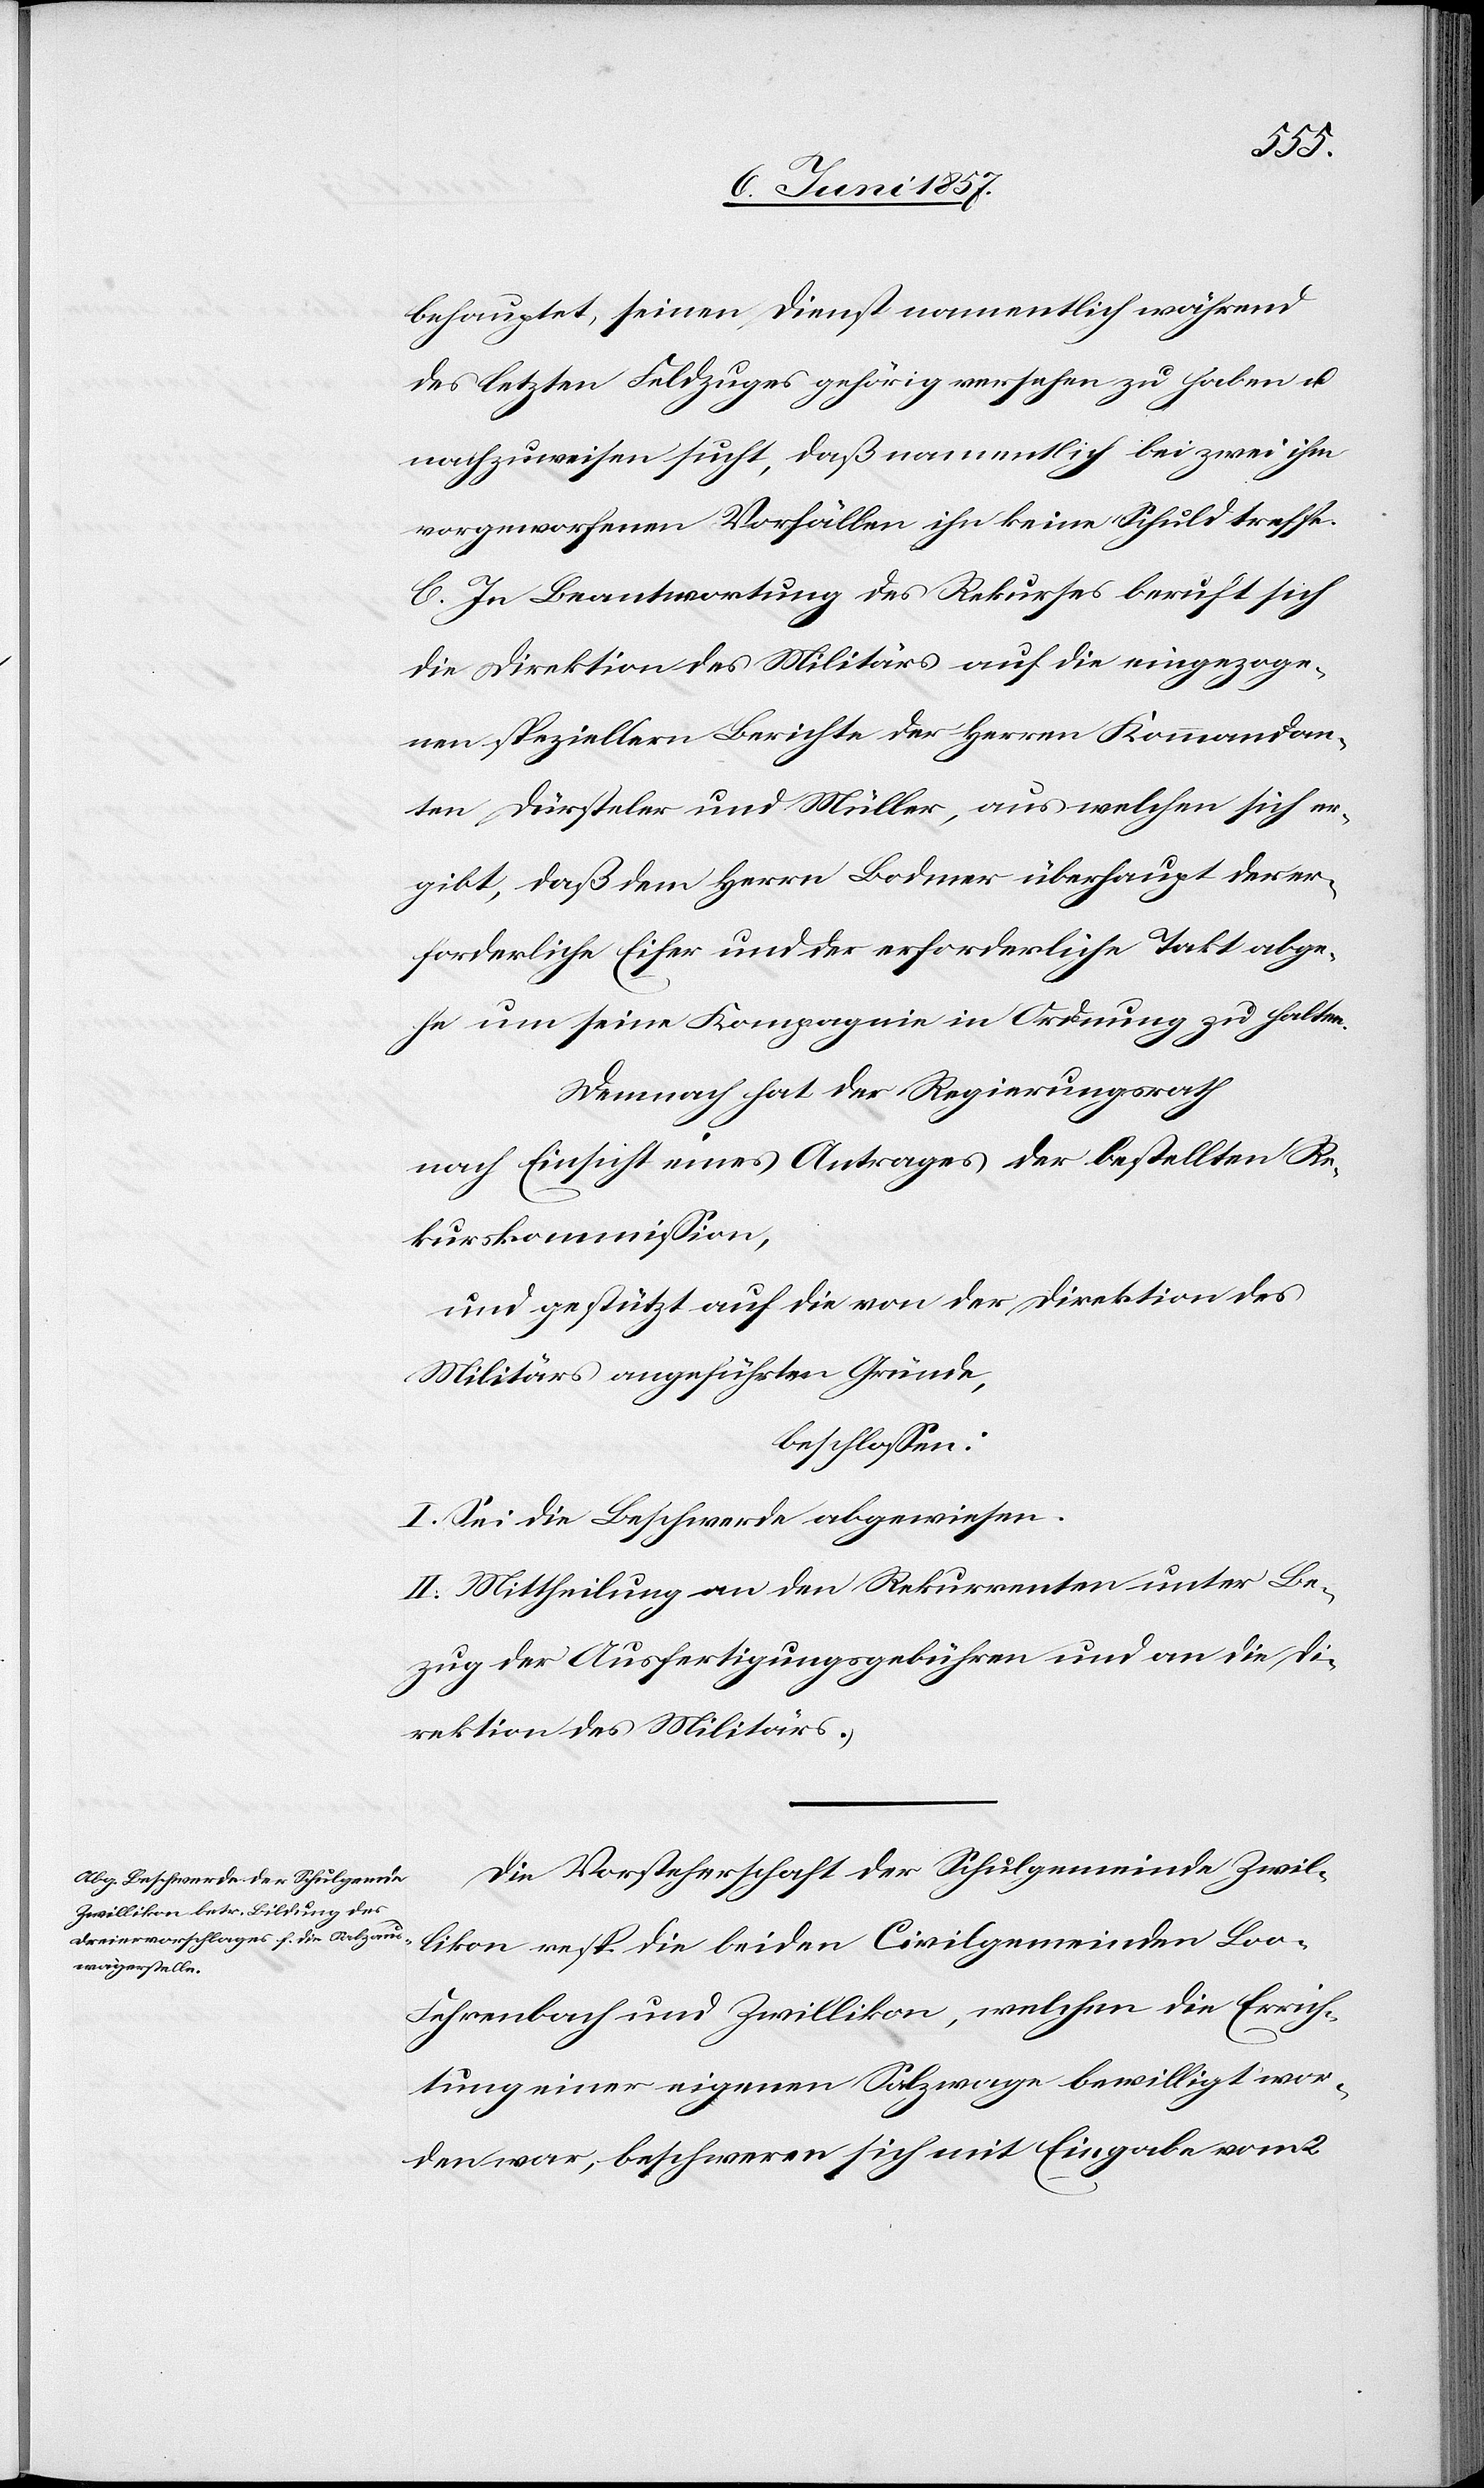
behauptet seinen Dienst namentlich während
des letzten Feldzuges gehörig versehen zu haben &
nachzuweisen sucht, daß namentlich bei zwei ihm
vorgeworfenen Vorfällen ihn keine Schuld treffe.
C. In Beantwortung des Rekurses beruft sich
die Direktion des Militärs auf die eingezoge¬
nen speziellen Berichte der Herrn Kommandan¬
ten Dürsteler und Müller, aus welchen sich er¬
gibt, daß dem Herrn Bodmer überhaupt der er¬
forderliche Eifer und der erforderliche Takt abge¬
he um seine Kompagnie in Ordnung zu halten.
Demnach hat der Regierungsrath,
nach Einsicht eines Antrages der bestellten Re¬
kurskommission,
und gestützt auf die von der Direktion des
Militärs angeführten Gründe,
beschlossen:
I. Sei die Beschwerde abgewiesen.
II. Mittheilung an den Rekurrenten unter Be¬
zug der Ausfertigungsgebühren und an die Di¬
rektion des Militärs.
Die Vorsteherschaft der Schulgemeinde Zwil¬
likon resp. die beiden Civilgemeinden Loo-F¬
ehrenbach und Zwillikon, welchen die Errich¬
tung einer eigenen Salzwage bewilligt wor¬
den war, beschweren sich mit Eingabe vom 2